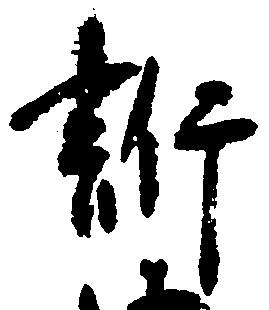
訴